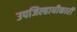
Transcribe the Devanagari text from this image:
उपजिल्हाधीकारी